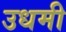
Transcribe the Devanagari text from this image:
उधमी